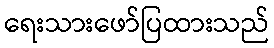
ရေးသားဖော်ပြထားသည်